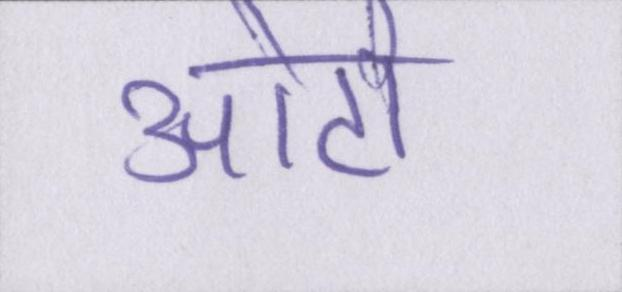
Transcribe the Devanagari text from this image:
ओटो